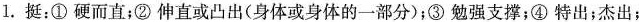
1。挺：①硬而直；②伸直或凸出(身体或身体的一部分)；③勉强支撑；④特出；杰出；